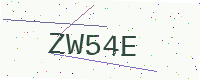
Text: ZW54E